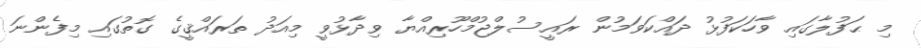
މި ޙަފުލާގައި ވާހަކަފުޅު ދައްކަވަމުން ރައީސުލްޖުމްހޫރިއްޔާ ވިދާޅުވީ މިއަދު ތަރައްޤީގެ ގޮތުގައި މިފެންނަ